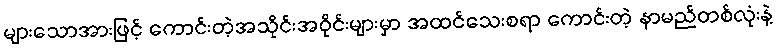
များသောအားဖြင့် ကောင်းတဲ့အသိုင်းအဝိုင်းများမှာ အထင်သေးစရာ ကောင်းတဲ့ နာမည်တစ်လုံးနဲ့